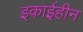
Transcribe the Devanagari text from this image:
इकाईहीन